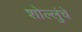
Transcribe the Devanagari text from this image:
शोल्लुंचे